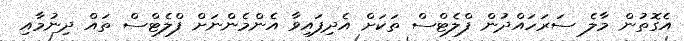
އެގޮތުން މާލެ ސަރަހައްދުން ފްލެޓްސް ތަކަށް އެދިފައިވާ އެންމެންނަށް ފްލެޓްސް ތައް ދިނުމާއި